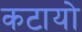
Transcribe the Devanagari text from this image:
कटायो